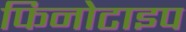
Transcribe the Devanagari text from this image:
फिनोटाइप